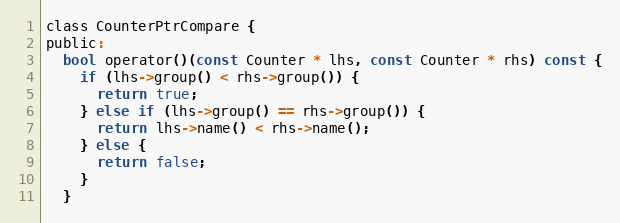
Language: C
class CounterPtrCompare {
public:
  bool operator()(const Counter * lhs, const Counter * rhs) const {
    if (lhs->group() < rhs->group()) {
      return true;
    } else if (lhs->group() == rhs->group()) {
      return lhs->name() < rhs->name();
    } else {
      return false;
    }
  }